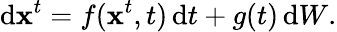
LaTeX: \mathrm{d}\mathbf{x}^{t}=f(\mathbf{x}^{t},t)\, \mathrm{d}t+g(t)\, \mathrm{d}W.